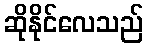
ဆိုနိုင်လေသည်